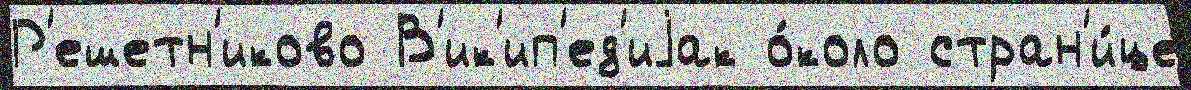
Р'ешетн'иково В'ик'ип'ед'иjак о́коло стран'и́це